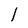
Character: l